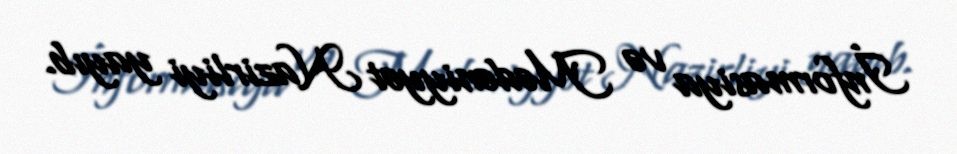
İnformasiya və Mədəniyyət Nazirliyi yayıb.